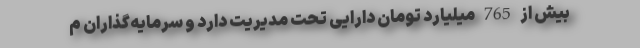
بیش از 765 میلیارد تومان دارایی تحت مدیریت دارد و سرمایه‌گذاران م